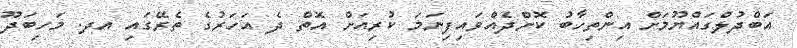
އަބްދުލްގައްޔޫމަށް އިންތިހާބު ކޮށްދެއްވައިފިނަމަ ކުރިއަށް އޮތް ދެ އަހަރުގެ ތެރޭގައި އދ. މަހިބަދޫ